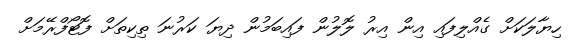
ހިޔާލަކަށް ގެއްލިފައި އިން އިރު ލޮލުން ފައިބަމުން ދިޔަ ކަރުނަ ތިކިތަށް ފޮޓޯފްރޭމަށް